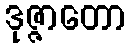
ဒုဇ္ဇာတော